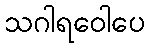
သဂါရဝေါပေ